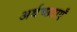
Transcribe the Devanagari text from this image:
अर्थच्छटाएँ